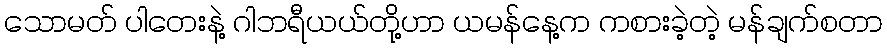
သောမတ် ပါတေးနဲ့ ဂါဘရီယယ်တို့ဟာ ယမန်နေ့က ကစားခဲ့တဲ့ မန်ချက်စတာ